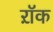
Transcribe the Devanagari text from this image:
ऱॉक